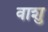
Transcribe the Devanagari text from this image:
वाशु